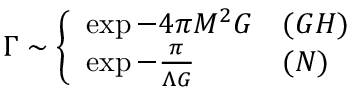
\Gamma \sim \left\{ \begin{array} { l l } { { \exp - 4 \pi M ^ { 2 } G } } & { { { ( G H ) } } } \\ { { \exp - \frac { \pi } { \Lambda G } { } } } & { { { ( N ) } } } \end{array} \right.